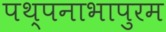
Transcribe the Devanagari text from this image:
पथ्पनाभापुरम